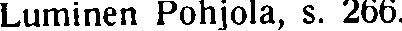
Luminen Pohjola, s. 266.